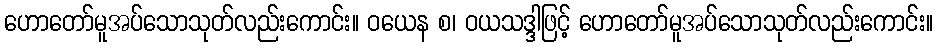
ဟောတော်မူအပ်သောသုတ်လည်းကောင်း။ ဝယေန စ၊ ဝယသဒ္ဒါဖြင့် ဟောတော်မူအပ်သောသုတ်လည်းကောင်း။